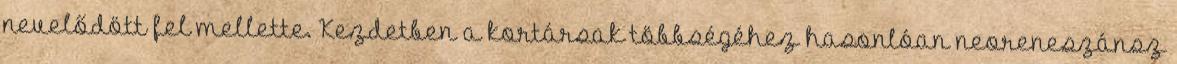
nevelődött fel mellette. Kezdetben a kortársak többségéhez hasonlóan neoreneszánsz